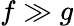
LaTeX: f\gg g